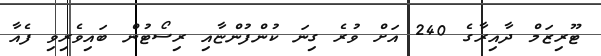
ޓޫރިޒަމް ދާއިރާގެ 240 އަށް ވުރެ ގިނަ ކުންފުންޏާއި ރިސޯޓުން ބައިވެރިވި ފެއާ